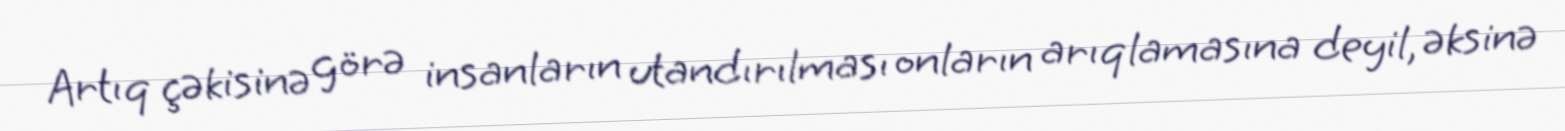
Artıq çəkisinə görə insanların utandırılması onların arıqlamasına deyil, əksinə